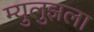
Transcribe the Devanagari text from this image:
म्युलुझला